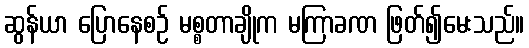
ဆွန်ယာ ပြောနေစဉ် မစ္စတာချိုက မကြာခဏ ဖြတ်၍မေးသည်။